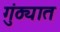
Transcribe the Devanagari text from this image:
गुंठ्यात